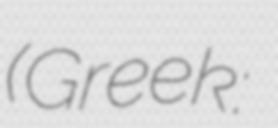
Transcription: (Greek: Αλέξης